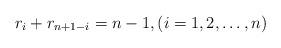
LaTeX: \begin{align*}r_i+r_{n+1-i}=n-1,(i=1,2,\ldots,n) \end{align*}